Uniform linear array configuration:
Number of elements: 4
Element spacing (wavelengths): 1
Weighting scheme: cosine
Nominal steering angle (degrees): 60
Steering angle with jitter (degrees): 60.773
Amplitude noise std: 0.05
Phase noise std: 0.05

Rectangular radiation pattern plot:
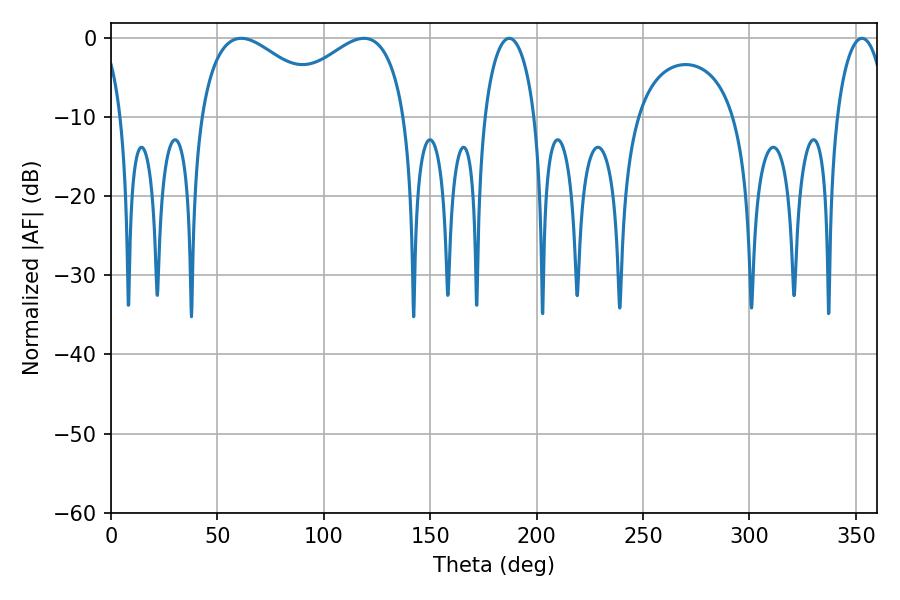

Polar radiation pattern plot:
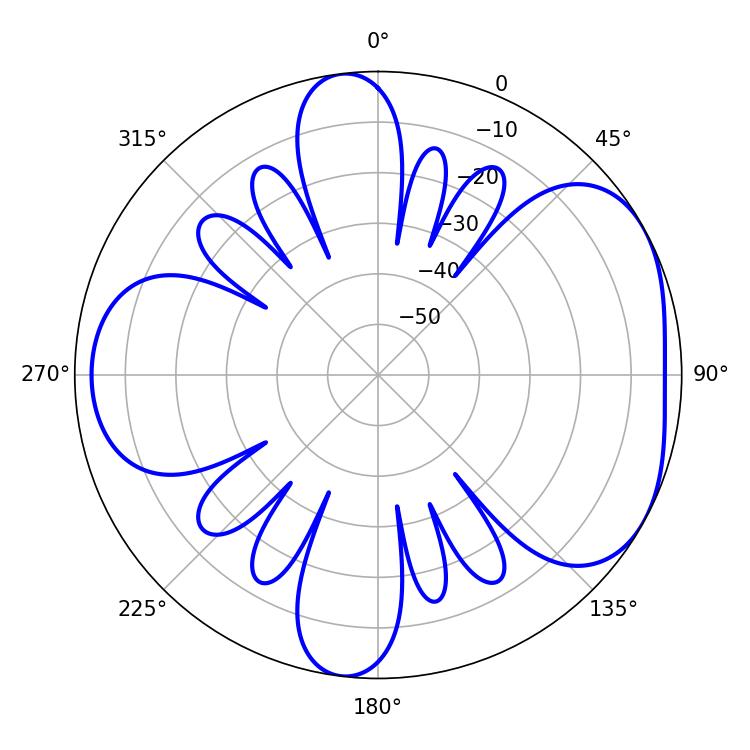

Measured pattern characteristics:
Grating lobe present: TRUE
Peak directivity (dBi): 4.739
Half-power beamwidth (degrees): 34.56
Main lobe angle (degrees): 61.2